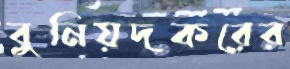
বুনিয়দকরের